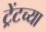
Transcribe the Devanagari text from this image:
ट्रेंटच्या